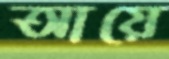
আয়ে